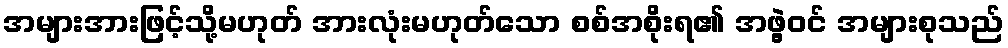
အများအားဖြင့်သို့မဟုတ် အားလုံးမဟုတ်သော စစ်အစိုးရ၏ အဖွဲ့ဝင် အများစုသည်